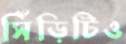
সিঁড়িটিও